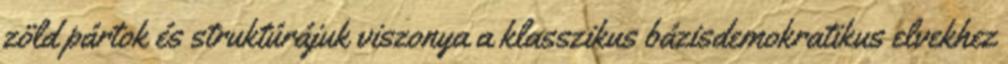
zöld pártok és struktúrájuk viszonya a klasszikus bázisdemokratikus elvekhez